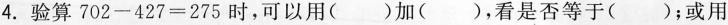
4.验算$$702-427=275$$时，可以用（）加（），看是否等于（）；或用